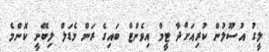
ލީގު އުސޫލުން ކުރިއަށްދާ ޓީމް އިވެންޓް ބައިގެ ރަން މެޑަލް ލިބޭނީ ކޮންމެ